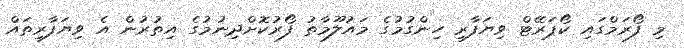
މި ފޯރަމްގައި ކޯޕަރޭޓް ވިޔަފާރި ހިންގުމުގެ މައުލޫމާތު ފޯރުކޮށްދިނުމުގެ އިތުރުން އެ ވިޔަފާރިތައް